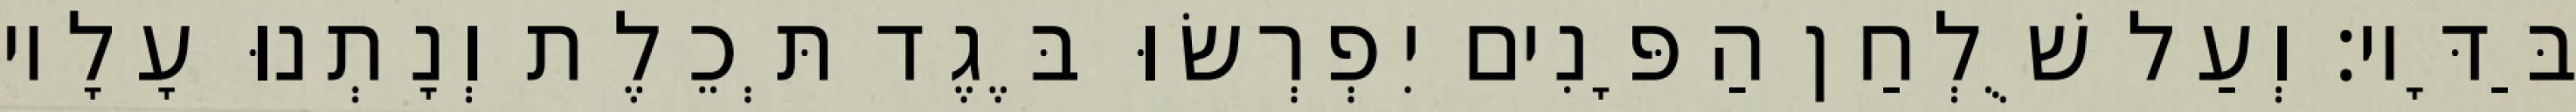
בַּדָּיו׃ וְעַל שֻׁלְחַן הַפָּנִים יִפְרְשׂוּ בֶּגֶד תְּכֵלֶת וְנָתְנוּ עָלָיו